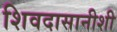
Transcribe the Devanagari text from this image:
शिवदासानीशी